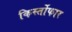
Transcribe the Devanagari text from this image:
किर्स्तोफार